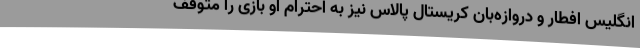
انگلیس افطار و دروازه‌بان کریستال پالاس نیز به احترام او بازی را متوقف